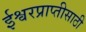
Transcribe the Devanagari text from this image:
ईश्वरप्राप्‍तीसाठी